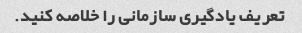
تعریف یادگیری سازمانی را خلاصه کنید.